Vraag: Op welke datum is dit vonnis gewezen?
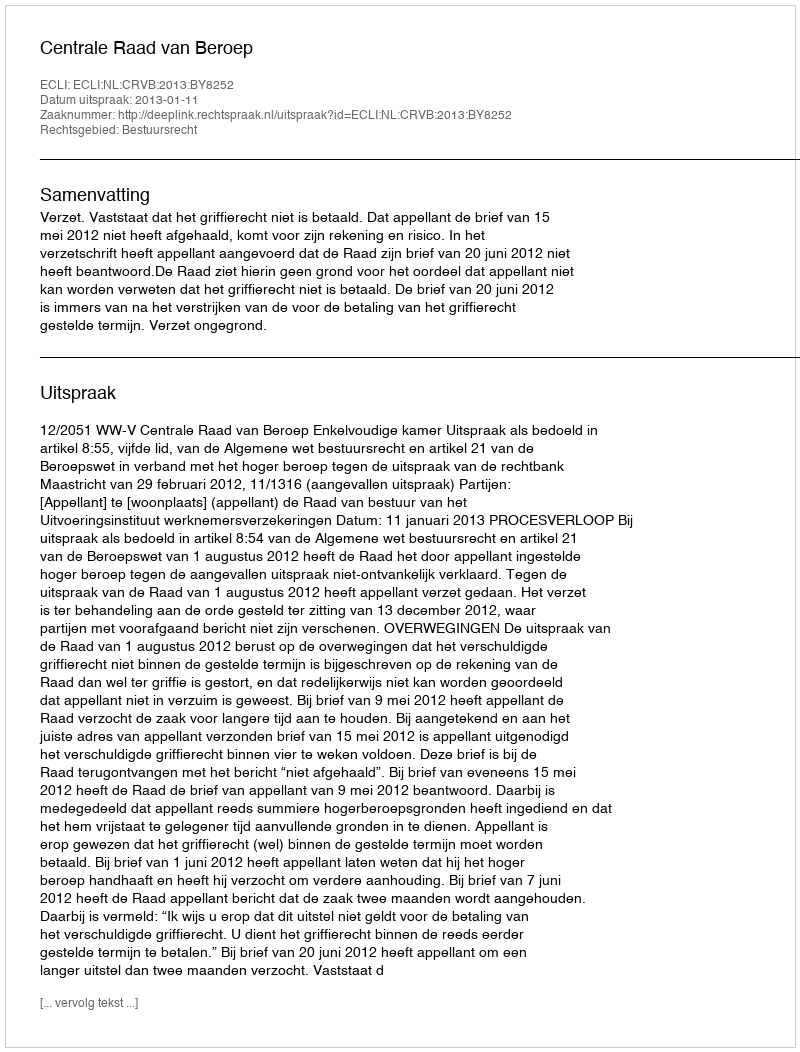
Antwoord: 2013-01-11